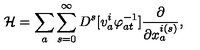
{ \cal H } = \sum _ { a } \sum _ { s = 0 } ^ { \infty } D ^ { s } [ v _ { a } ^ { i } \varphi _ { a t } ^ { - 1 } ] \frac { \partial } { \partial x _ { a } ^ { i ( s ) } } ,